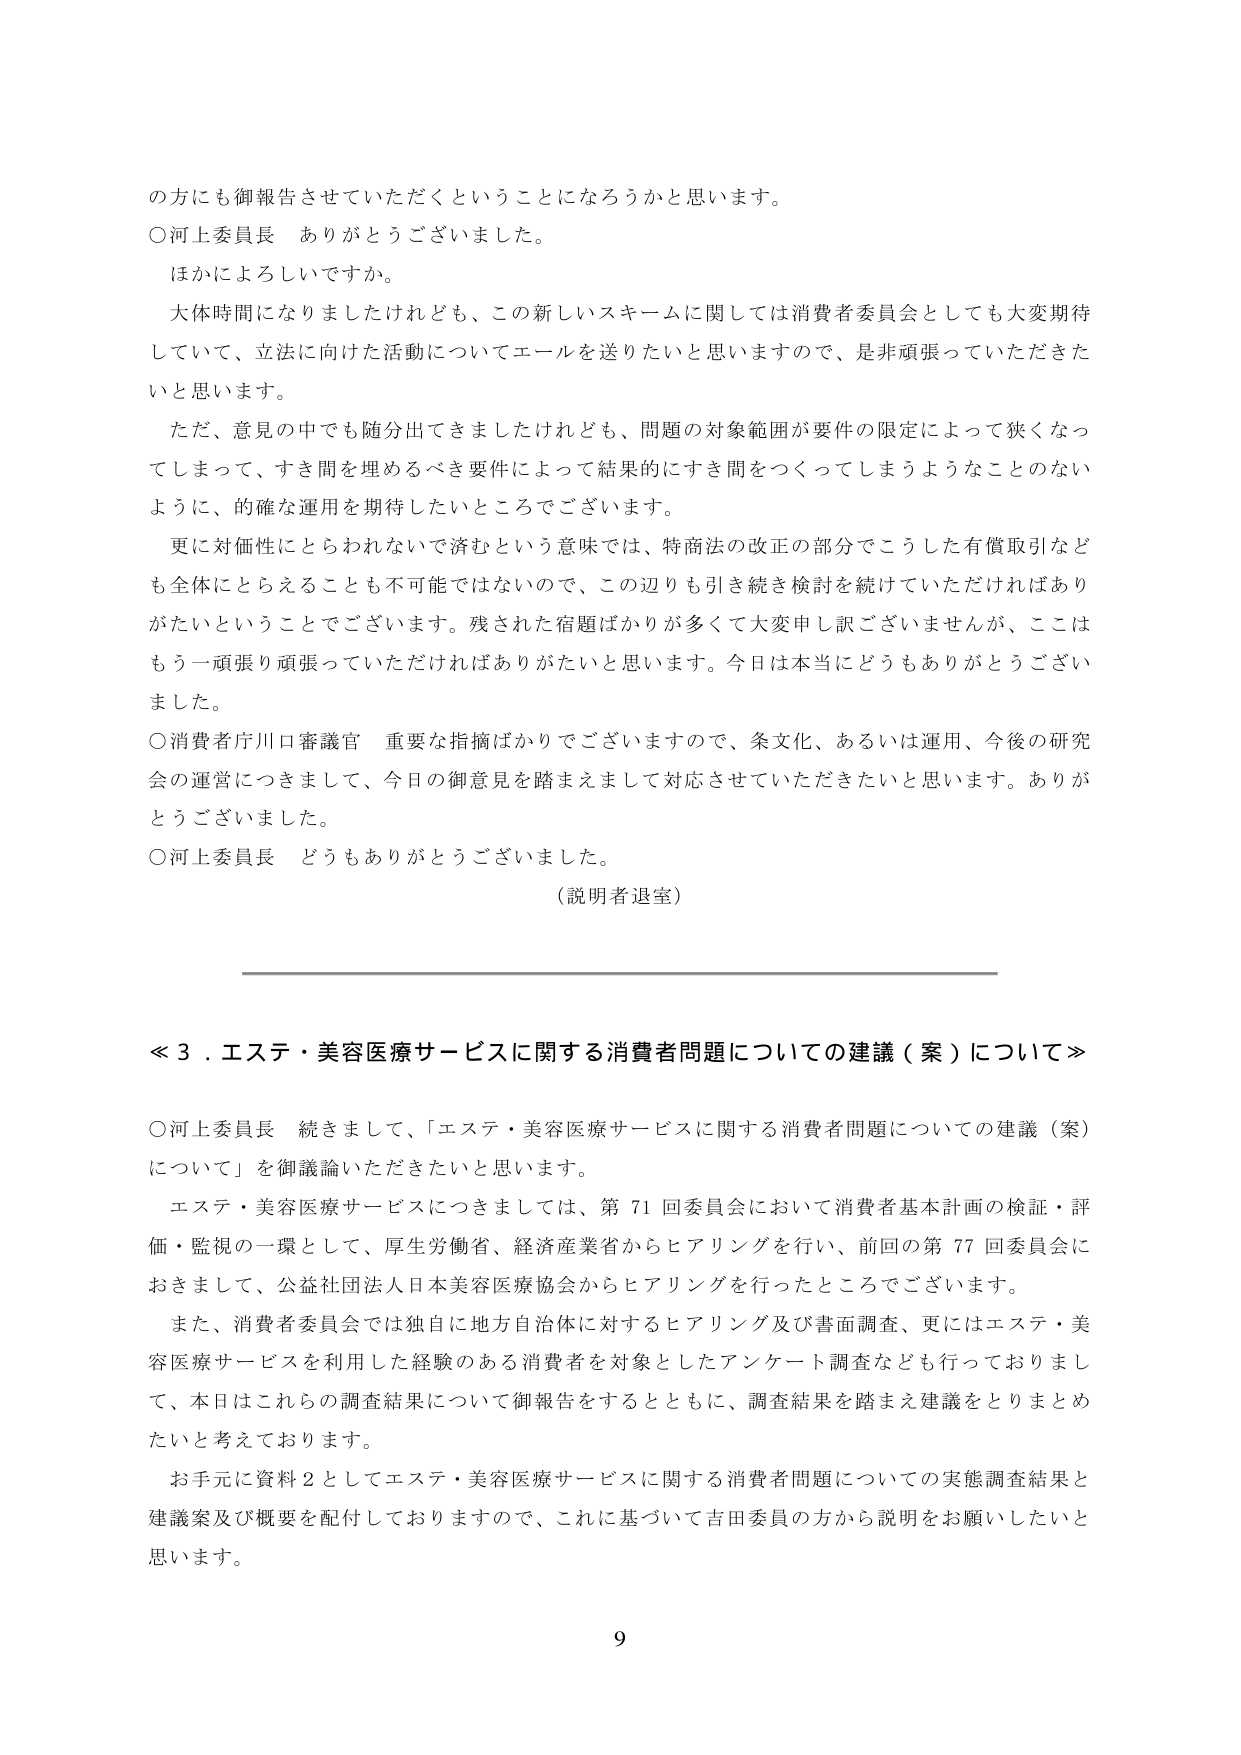
の方にも御報告させていただくということになろうかと思います。
○河上委員長　ありがとうございました。
　ほかによろしいですか。
　大体時間になりましたけれども、この新しいスキームに関しては消費者委員会としても大変期待
していて、立法に向けた活動についてエールを送りたいと思いますので、是非頑張っていただきた
いと思います。
　ただ、意見の中でも随分出てきましたけれども、問題の対象範囲が要件の限定によって狭くなっ
てしまって、すき間を埋めるべき要件によって結果的にすき間をつくってしまうようなことのない
ように、的確な運用を期待したいところでございます。
　更に対価性にとらわれないで済むという意味では、特商法の改正の部分でこうした有償取引など
も全体にとらえることも不可能ではないので、この辺りも引き続き検討を続けていただければあり
がたいということでございます。残された宿題ばかりが多くて大変申し訳ございませんが、ここは
もう一頑張り頑張っていただければありがたいと思います。今日は本当にどうもありがとうございました。
○消費者庁川口審議官　重要な指摘ばかりでございますので、条文化、あるいは運用、今後の研究
会の運営につきまして、今日の御意見を踏まえまして対応させていただきたいと思います。ありが
とうございました。
○河上委員長　どうもありがとうございました。
　（説明者退室）

≪３．エステ・美容医療サービスに関する消費者問題についての建議（案）について≫

○河上委員長　続きまして、「エステ・美容医療サービスに関する消費者問題についての建議（案）
について」を御議論いただきたいと思います。
　エステ・美容医療サービスにつきましては、第71回委員会において消費者基本計画の検証・評
価・監視の一環として、厚生労働省、経済産業省からヒアリングを行い、前回の第77回委員会に
おきまして、公益社団法人日本美容医療協会からヒアリングを行ったところでございます。
　また、消費者委員会では独自に地方自治体に対するヒアリング及び書面調査、更にはエステ・美
容医療サービスを利用した経験のある消費者を対象としたアンケート調査なども行っておりまし
て、本日はこれらの調査結果について御報告をするとともに、調査結果を踏まえ建議をとりまとめ
たいと考えております。
　お手元に資料2としてエステ・美容医療サービスに関する消費者問題についての実態調査結果と
建議案及び概要を配付しておりますので、これに基づいて吉田委員の方から説明をお願いしたいと
思います。

9